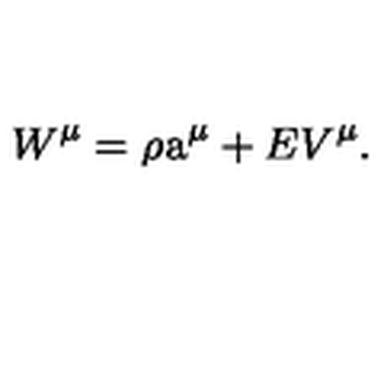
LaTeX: W ^ { \mu } = \rho \mathrm { \Large a } ^ { \mu } + E V ^ { \mu } .